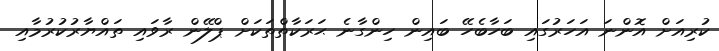
ކުރިއަށް އޮންނަ އަހަރުގައި ބަހާބެހޭ ބައިން ހިންގާނެ ޙަރަކާތްތަކަށް ޕްލޭން ރާވައި ތައްޔާރުކުރުމާއި